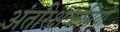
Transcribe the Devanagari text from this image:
अंतरिक्षवासियों